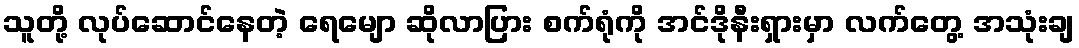
သူတို့ လုပ်ဆောင်နေတဲ့ ရေမျော ဆိုလာပြား စက်ရုံကို အင်ဒိုနီးရှားမှာ လက်တွေ့ အသုံးချ